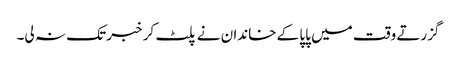
گزرتے وقت میں پاپا کے خاندان نے پلٹ کر خبر تک نہ لی۔